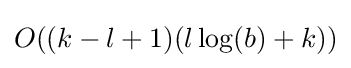
O((k-l+1)(l\log(b)+k))